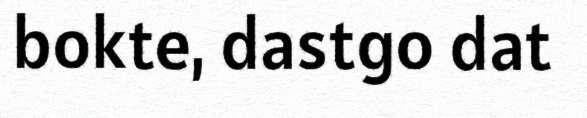
bokte, dastgo dat